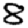
Digit: 8